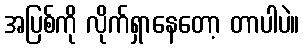
အပြစ်ကို လိုက်ရှာနေတော့ တာပါပဲ။